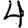
Digit: 4